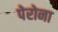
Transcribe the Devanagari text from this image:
पेरोना